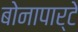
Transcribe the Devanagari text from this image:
बोनापार्टे